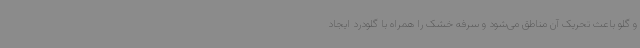
و گلو باعث تحریک آن مناطق می‌شود و سرفه خشک را همراه با گلودرد ایجاد